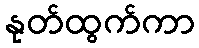
နုတ်ထွက်ကာ